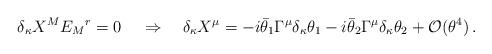
LaTeX: \begin{align*}\delta_\kappa X^M E_M{}^r = 0\, \quad\Rightarrow \quad \delta_\kappa X^\mu = -i \bar\theta_1 \Gamma^\mu \delta_\kappa\theta_1 - i \bar\theta_2\Gamma^\mu \delta_\kappa\theta_2 + {\cal O}(\theta^4)\, .\end{align*}